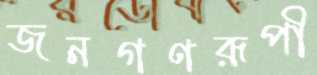
জনগণরূপী